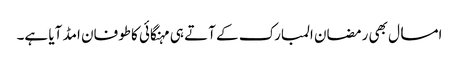
امسال بھی رمضان المبارک کے آتے ہی مہنگائی کاطوفان امڈ آیا ہے۔